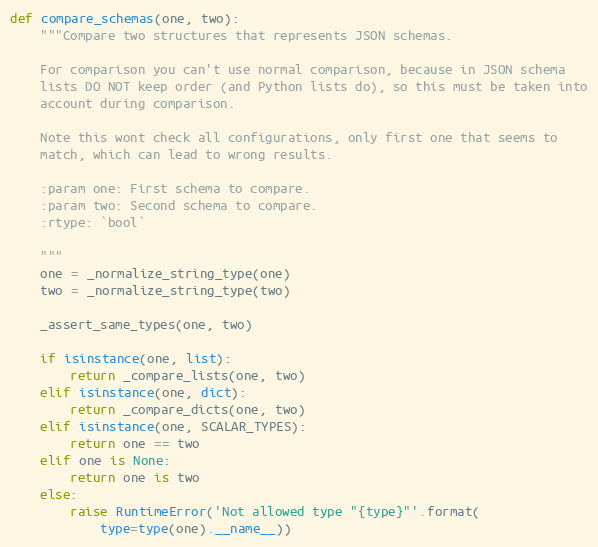
Language: Python
def compare_schemas(one, two):
    """Compare two structures that represents JSON schemas.

    For comparison you can't use normal comparison, because in JSON schema
    lists DO NOT keep order (and Python lists do), so this must be taken into
    account during comparison.

    Note this wont check all configurations, only first one that seems to
    match, which can lead to wrong results.

    :param one: First schema to compare.
    :param two: Second schema to compare.
    :rtype: `bool`

    """
    one = _normalize_string_type(one)
    two = _normalize_string_type(two)

    _assert_same_types(one, two)

    if isinstance(one, list):
        return _compare_lists(one, two)
    elif isinstance(one, dict):
        return _compare_dicts(one, two)
    elif isinstance(one, SCALAR_TYPES):
        return one == two
    elif one is None:
        return one is two
    else:
        raise RuntimeError('Not allowed type "{type}"'.format(
            type=type(one).__name__))